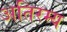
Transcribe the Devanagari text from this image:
अतिरम्य